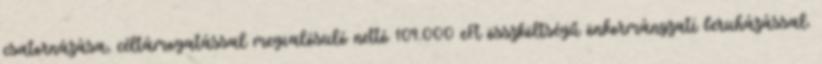
csatornázása, céltámogatással megvalósuló nettó 109.000 eFt összköltségű önkormányzati beruházással.